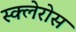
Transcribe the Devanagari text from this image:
स्क्लेरोस